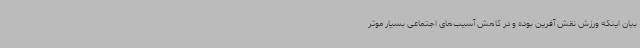
بیان اینکه ورزش نقش آفرین بوده و در کاهش آسیب‌های اجتماعی بسیار موثر